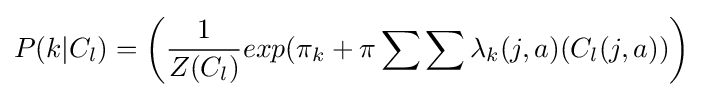
P(k|C_{l})=\left({\frac {1}{Z(C_{l})}}exp(\pi _{k}+\pi \sum \sum \lambda _{k}(j,a)(C_{l}(j,a))\right)